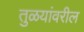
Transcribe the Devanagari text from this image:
तुळयांवरील